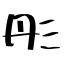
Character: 彤